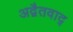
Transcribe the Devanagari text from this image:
अद्वैतवाद्